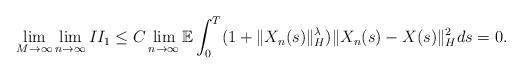
LaTeX: \begin{align*}\lim_{M\rightarrow\infty}\lim_{n\rightarrow\infty} II_1 \leq C \lim_{n\rightarrow\infty}\mathbb{E} \int_0^{T} (1+\Vert X_n(s)\Vert_H^{\lambda}) \Vert X_n(s) - X(s) \Vert_H^2 ds = 0 .\end{align*}